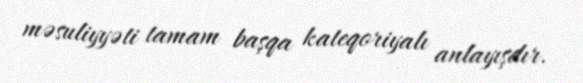
məsuliyyəti tamam başqa kateqoriyalı anlayışdır.